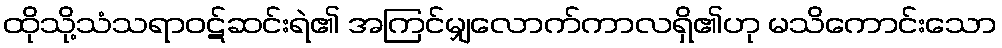
ထိုသို့သံသရာဝဋ်ဆင်းရဲ၏ အကြင်မျှလောက်ကာလရှိ၏ဟု မသိကောင်းသော